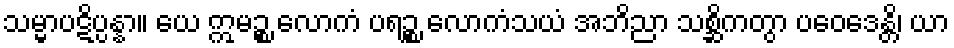
သမ္မာပဋိပ္ပန္နာ။ ယေ ဣမဉ္စ လောကံ ပရဉ္စ လောကံသယံ အဘိညာ သစ္ဆိကတွာ ပဝေဒေန္တိ၊ ယာ